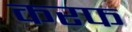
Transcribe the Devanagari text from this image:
करफ